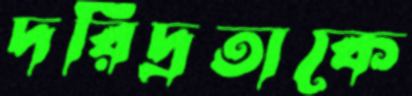
দরিদ্রতাকে